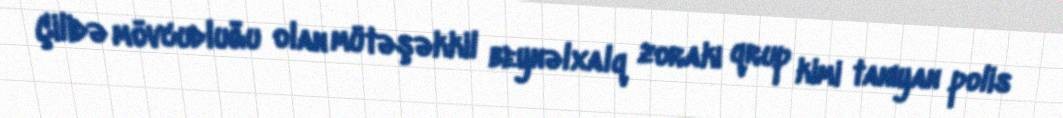
Çilidə mövcudluğu olan mütəşəkkil beynəlxalq zorakı qrup kimi tanıyan polis